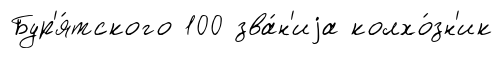
Бур'я́тского 100 зва́н'иjа колхо́зн'ик